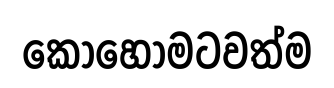
කොහොමටවත්ම